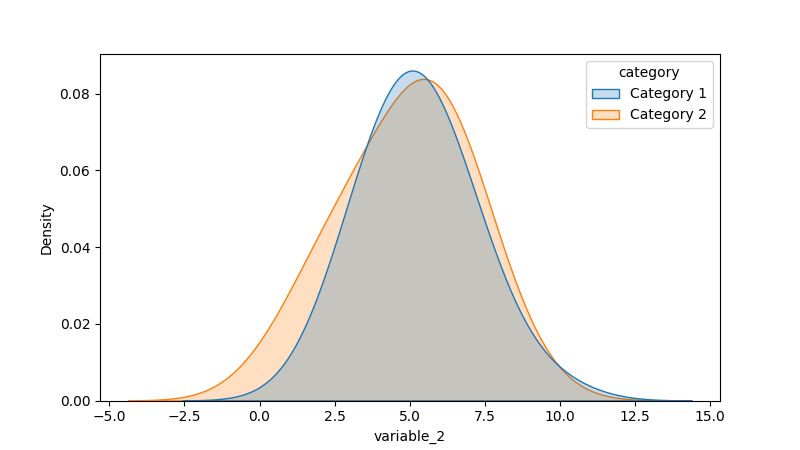
python, seaborn, kdeplot, hue='category', fill=True, bw_adjust=2.0